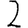
Digit: 2